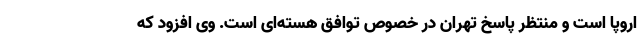
اروپا است و منتظر پاسخ تهران در خصوص توافق هسته‌ای است. وی افزود که